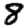
Digit: 8